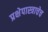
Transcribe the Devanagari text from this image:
प्रक्षेपास्त्राचेच